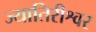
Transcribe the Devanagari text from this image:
ज्यातिरीश्वर